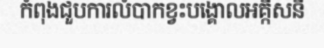
កំពុងជួបការលំបាកខ្វះបង្គោលអគ្កីសនី